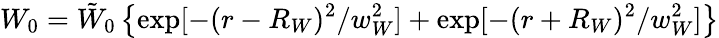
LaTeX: W_{0}=\tilde{W}_{0}\left\{ \exp[-(r-R_{W})^{2}/w_{W}^{2}]+\exp[-(r+R_{W})^{2}/w_{W}^{2}]\right\}